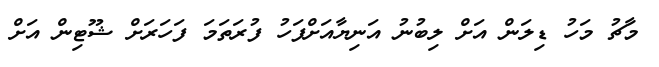
މާޗު މަހު ޑިލަން އަށް ލިބުނު އަނިޔާއަށްފަހު ފުރަތަމަ ފަހަރަށް ޝޫޓިން އަށް